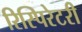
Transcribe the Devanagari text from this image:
रिस्पिरेटरी